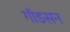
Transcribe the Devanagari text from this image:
गॉडसन